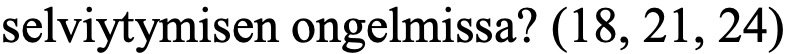
selviytymisen ongelmissa? (18, 21, 24)